Vaccination in Bombay 1924-1928 - 1924-1928
Year: 1924
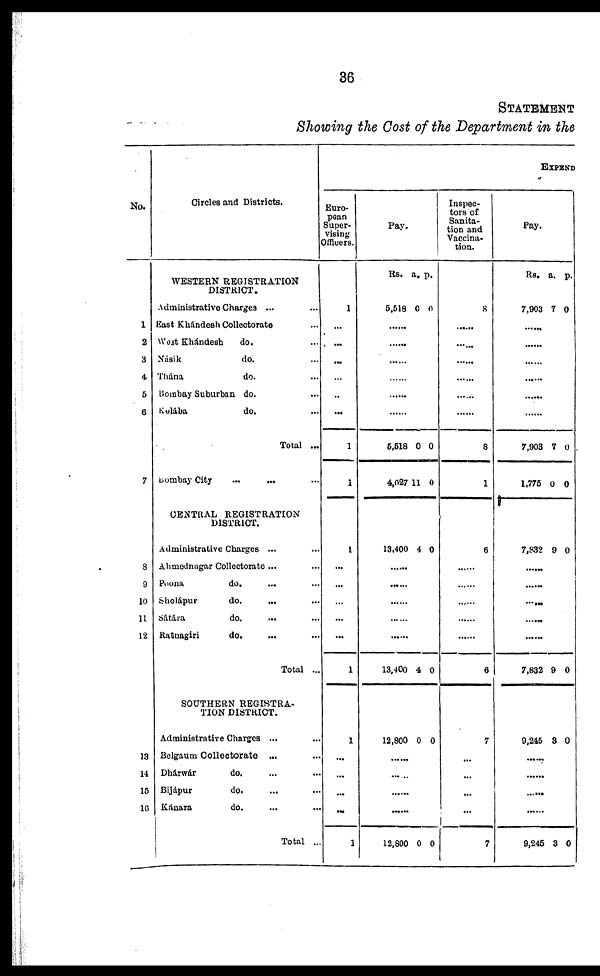
36
STATEMENT
Showing the Cost of the Department in the
No.
1
2
3
4
5
6
7
8
9
10
11
12
13
14
15
1G
Circles and Districts.
WESTERN REGISTRATION
DISTRICT.
Administrative Charges ... ...
East Khándesh Collectorate ...
West Khándesh
do. ...
Násik
do. ...
Thána
do. ...
Bombay Suburban do. ...
Kolába
do. ...
Total ...
Bombay City
...
... ...
CENTRAL REGISTRATION
DISTRICT.
Administrative Charges ... ...
Ahmednagar Collectorate... ...
Poona
do. ... ...
Sholápur
do.
... ...
Sátára
do.
... ...
Ratnagiri
do. ... ...
Total ...
SOUTHERN REGISTRA-
TION DISTRICT.
Administrative Charges ... ...
Belgaum Collectorate ... ...
Dhárwár
do. ... ...
Bijápur
do. ... ...
Kánara
do. ... ...
Total ...
EXPEND
Euro-
pean
Super-
vising
Officers.
1
...
...
...
...
...
...
1
1
1
...
...
...
...
...
1
1
...
...
...
...
1
Pay.
Rs.
5,518
a.
0
p.
0
......
......
......
......
......
......
5,518
4,027
0
11
0
0
13,400 4 0
......
......
......
......
......
13,400 4 0
12,800 0 0
......
......
......
12,800 0 0
Inspec-
tors of
Sanita-
tion and
Vaccina-
tion.
8
......
......
......
......
......
......
8
1
6
......
......
......
......
......
6
7
...
...
...
...
7
Pay.
Rs.
7,903
a.
7
p.
0
......
......
......
......
......
......
7,903
1,775
7
0
0
0
7,832 9 0
......
......
......
......
......
7,832 9 0
9,245 3 0
......
......
......
......
9,245 3 0